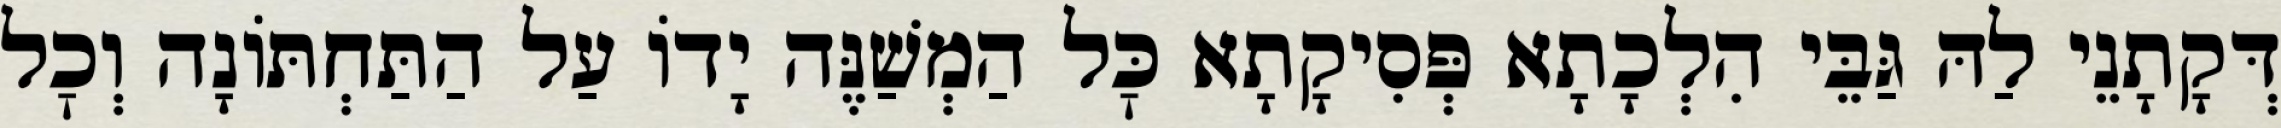
דְּקָתָנֵי לַהּ גַּבֵּי הִלְכָתָא פְּסִיקָתָא כׇּל הַמְשַׁנֶּה יָדוֹ עַל הַתַּחְתּוֹנָה וְכׇל